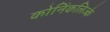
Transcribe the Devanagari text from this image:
कोनिंकलिज्के